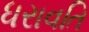
ધરાવતિ